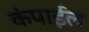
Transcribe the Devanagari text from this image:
कंपाईल